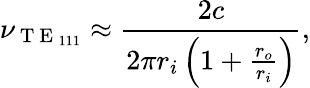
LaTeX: \nu_{\mathrm{~T~E~}_{111}}\approx\frac{2c}{2\pi r_{i}\left(1+\frac{r_{o}}{r_{i}}\right)},